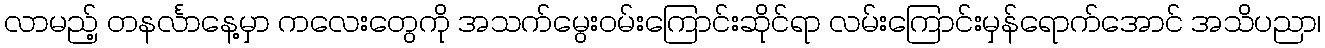
လာမည့် တနင်္လာနေ့မှာ ကလေးတွေကို အသက်မွေးဝမ်းကြောင်းဆိုင်ရာ လမ်းကြောင်းမှန်ရောက်အောင် အသိပညာ၊